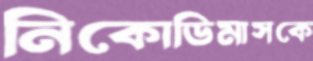
নিকোডিমাসকে